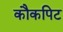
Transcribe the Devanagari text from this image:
कौकपिट